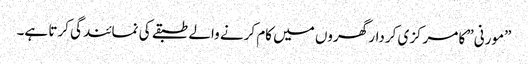
”مورنی” کا مرکزی کردار گھروں میں کام کرنے والے طبقے کی نمائندگی کرتا ہے۔